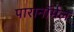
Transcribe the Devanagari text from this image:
पारानाॅर्मल